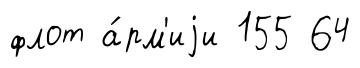
флот а́рм'иjи 155 64